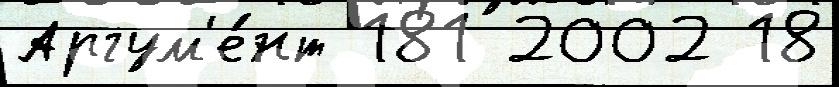
Аргум'е́нт 181 2002 18